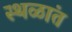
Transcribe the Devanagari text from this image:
स्थळांत